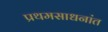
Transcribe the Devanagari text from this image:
प्रथमसाधनांत